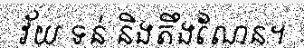
វ័យ ទន់ និងតឹងណែន។